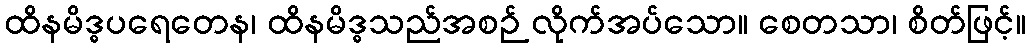
ထိနမိဒ္ဓပရေတေန၊ ထိနမိဒ္ဓသည်အစဉ် လိုက်အပ်သော။ စေတသာ၊ စိတ်ဖြင့်။